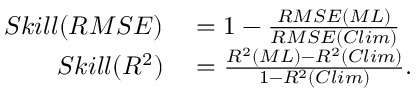
\begin{array} { r l } { S k i l l ( R M S E ) } & { { } = 1 - \frac { R M S E ( M L ) } { R M S E ( C l i m ) } } \\ { S k i l l ( R ^ { 2 } ) } & { { } = \frac { R ^ { 2 } ( M L ) - R ^ { 2 } ( C l i m ) } { 1 - R ^ { 2 } ( C l i m ) } . } \end{array}